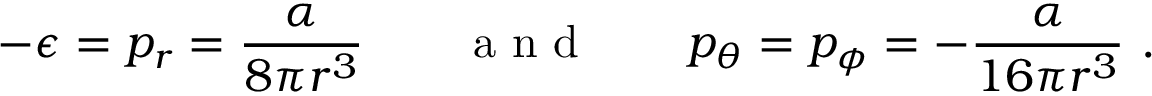
- \epsilon = p _ { r } = \frac { \alpha } { 8 \pi r ^ { 3 } } \qquad \mathrm { ~ a ~ n ~ d ~ } \qquad p _ { \theta } = p _ { \phi } = - \frac { \alpha } { 1 6 \pi r ^ { 3 } } \ .